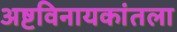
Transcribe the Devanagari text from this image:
अष्टविनायकांतला